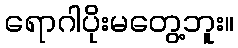
ရောဂါပိုးမတွေ့ဘူး။